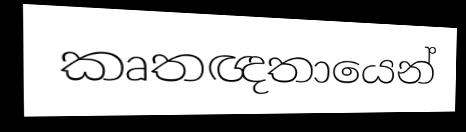
කෘතඥතායෙන්